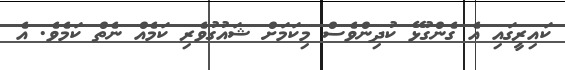
ކައިރީގައި އެ ގެންގުޅޭ ކުދިންވެސް މިކަމަށް ޝައުގުވެރި ކަމެއް ނެތް ކަމެވެ. އެ